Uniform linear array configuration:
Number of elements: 48
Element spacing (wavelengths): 1
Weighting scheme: hann
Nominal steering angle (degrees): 0
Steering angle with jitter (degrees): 1.754
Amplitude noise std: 0.05
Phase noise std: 0.05

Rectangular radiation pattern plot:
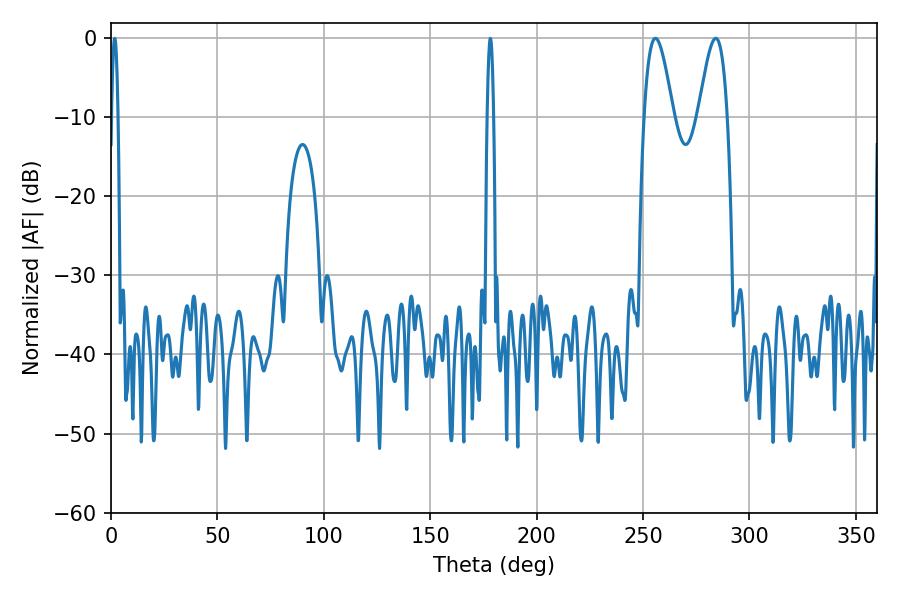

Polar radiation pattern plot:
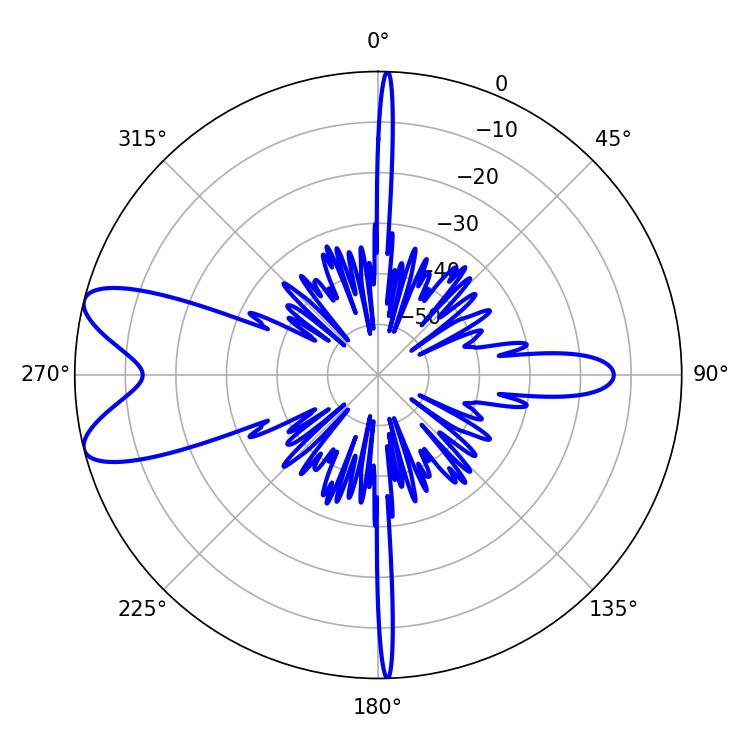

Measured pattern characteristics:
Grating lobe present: TRUE
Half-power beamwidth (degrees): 7.2
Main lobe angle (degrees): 255.78